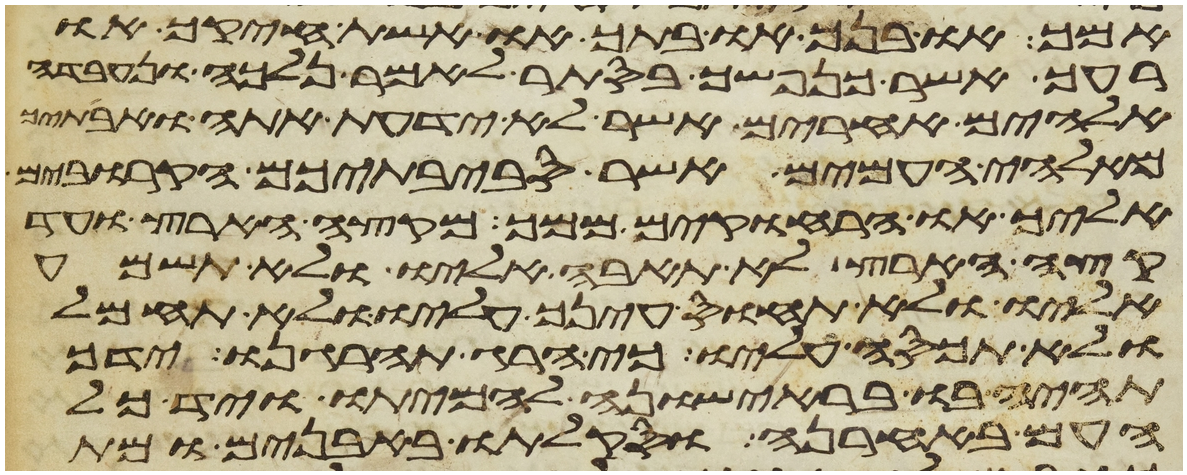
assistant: אמך או בנך או בתך או אשת חיקך או
רעך אשר כנפשך בסתר לאמר נלכה ונעבדה
אלהים אחרים אשר לא ידעת אתה ואבתיך
מאלהי העמים אשר סביבתיכם הקרובים
אליך או הרחוקים ממך מקצה הארץ ועד
קצה הארץ לא תאבה אליו ולא תשמע
אליו ולא תחוס עינך עליו ולא תחמל
ולא תכסה עליו כי הרג תהרגנו ידך
תהיה בו בראישונה להמיתו ויד כל
העם באחרנה וסקלתו באבנים ומת